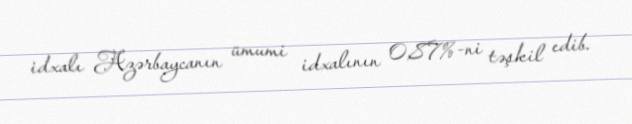
idxalı Azərbaycanın ümumi idxalının 0,87%-ni təşkil edib.